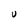
Character: U